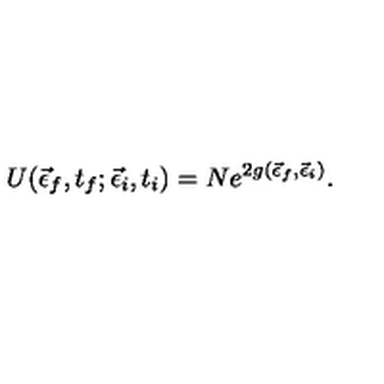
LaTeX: U ( \vec { \epsilon } _ { f } , t _ { f } ; \vec { \epsilon } _ { i } , t _ { i } ) = N e ^ { 2 g ( \vec { \epsilon } _ { f } , \vec { \epsilon } _ { i } ) } .